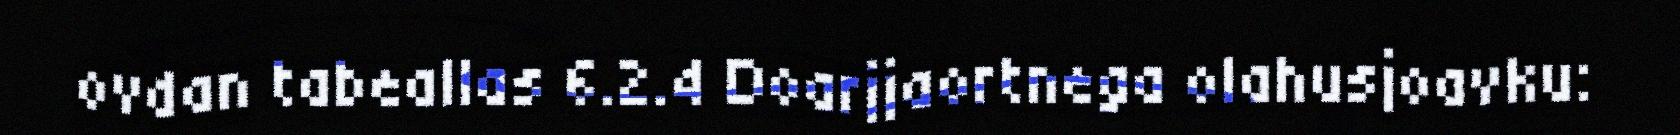
ovdan tabeallas 6.2.4 Doarjjaortnega olahusjoavku: